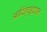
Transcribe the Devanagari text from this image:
आदित्यहृदयम